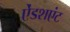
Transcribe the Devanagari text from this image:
ऐंडशएंट